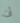
آت